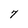
Character: 7